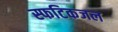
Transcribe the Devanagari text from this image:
स्फटिकजल